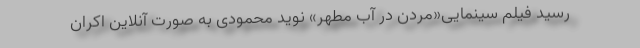
رسید فیلم سینمایی«مردن در آب مطهر» نوید محمودی به صورت آنلاین اکران